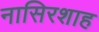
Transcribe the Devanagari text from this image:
नासिरशाह